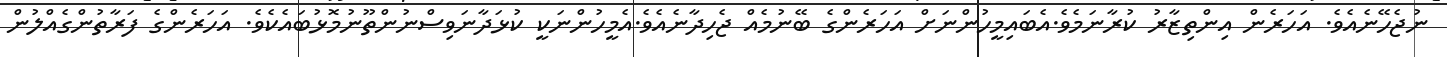
ނުޖެހޭނެއެވެ. އަހަރެން އިންތިޒާރު ކުރާނަމެވެ.އެބައިމީހުންނަށް އަހަރެންގެ ބޭނުމެއް ޖެހިދާނެއެވެ.އެމީހުންނަކީ ކުޅަދާނަވިސްނުންތޫނުމޮޅުބައެކެވެ. އަހަރެންގެ ފަރާތުންގެއްލުން